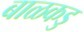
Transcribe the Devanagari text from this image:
बाळकडु